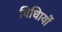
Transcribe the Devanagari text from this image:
विधिायों